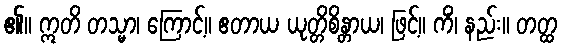
၏။ ဣတိ တသ္မာ၊ ကြောင့်။ ဧတာယ ယုတ္တိစိန္တာယ၊ ဖြင့်။ ကိံ၊ နည်း။ တတ္ထ